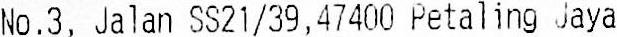
NO.3, JALAN SS21/39,47400 PETALING JAYA